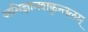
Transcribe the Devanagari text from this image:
अभिज्ञानशकुन्तलम्